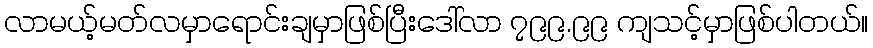
လာမယ့်မတ်လမှာရောင်းချမှာဖြစ်ပြီးဒေါ်လာ ၇၉၉.၉၉ ကျသင့်မှာဖြစ်ပါတယ်။